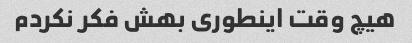
هیچ وقت اینطوری بهش فکر نکردم